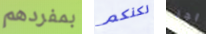
بمفردهم لكنكم اجر